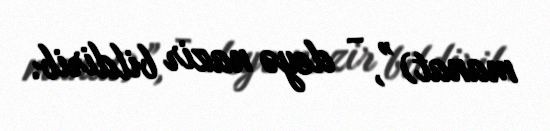
manat)”, - deyə nazir bildirib.